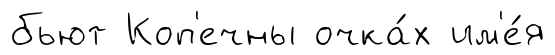
бьют Коп'ечны очка́х им'е́я